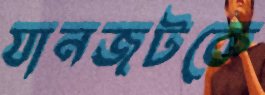
যানজটকে